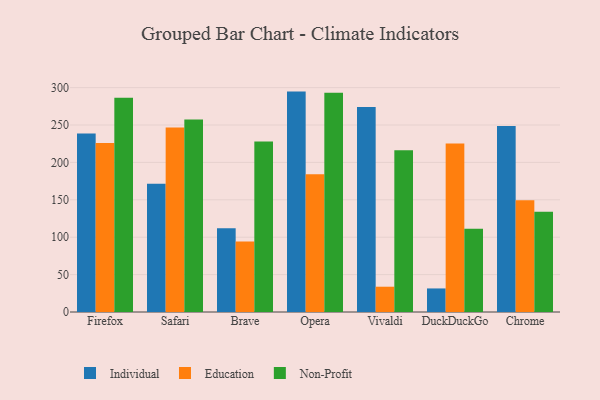
{"axis": {"x": "Browser", "y": "Latency (ms)"}, "legend": ["Education", "Individual", "Non-Profit"], "data": [{"x": "Firefox", "y": 238.7, "type": "Individual"}, {"x": "Firefox", "y": 225.9, "type": "Education"}, {"x": "Firefox", "y": 286.6, "type": "Non-Profit"}, {"x": "Safari", "y": 171.4, "type": "Individual"}, {"x": "Safari", "y": 246.7, "type": "Education"}, {"x": "Safari", "y": 257.3, "type": "Non-Profit"}, {"x": "Brave", "y": 112.0, "type": "Individual"}, {"x": "Brave", "y": 94.4, "type": "Education"}, {"x": "Brave", "y": 228.1, "type": "Non-Profit"}, {"x": "Opera", "y": 294.7, "type": "Individual"}, {"x": "Opera", "y": 184.1, "type": "Education"}, {"x": "Opera", "y": 293.2, "type": "Non-Profit"}, {"x": "Vivaldi", "y": 274.0, "type": "Individual"}, {"x": "Vivaldi", "y": 33.8, "type": "Education"}, {"x": "Vivaldi", "y": 216.2, "type": "Non-Profit"}, {"x": "DuckDuckGo", "y": 31.5, "type": "Individual"}, {"x": "DuckDuckGo", "y": 225.4, "type": "Education"}, {"x": "DuckDuckGo", "y": 111.3, "type": "Non-Profit"}, {"x": "Chrome", "y": 248.7, "type": "Individual"}, {"x": "Chrome", "y": 149.4, "type": "Education"}, {"x": "Chrome", "y": 134.2, "type": "Non-Profit"}]}